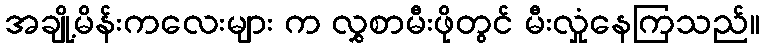
အချို့မိန်းကလေးများ က လွှစာမီးဖိုတွင် မီးလှုံနေကြသည်။